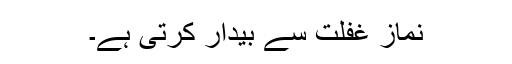
نماز غفلت سے بیدار کرتی ہے۔